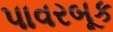
પાવરબૂક